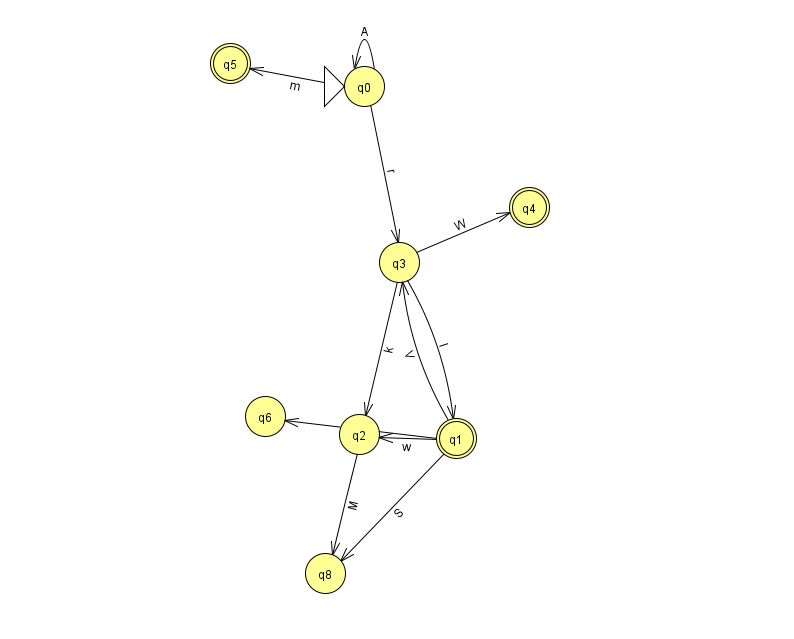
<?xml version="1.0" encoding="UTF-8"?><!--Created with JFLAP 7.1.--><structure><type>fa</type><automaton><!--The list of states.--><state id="0" name="q0"><x>364.0</x><y>73.0</y><initial/></state><state id="1" name="q1"><x>456.0</x><y>425.0</y><final/></state><state id="2" name="q2"><x>359.0</x><y>421.0</y></state><state id="3" name="q3"><x>399.0</x><y>249.0</y></state><state id="4" name="q4"><x>529.0</x><y>194.0</y><final/></state><state id="5" name="q5"><x>230.0</x><y>50.0</y><final/></state><state id="6" name="q6"><x>265.0</x><y>403.0</y></state><state id="8" name="q8"><x>325.0</x><y>560.0</y></state><!--The list of transitions.--><transition><from>0</from><to>0</to><read>A</read></transition><transition><from>3</from><to>4</to><read>W</read></transition><transition><from>3</from><to>1</to><read>l</read></transition><transition><from>1</from><to>2</to><read>w</read></transition><transition><from>1</from><to>8</to><read>S</read></transition><transition><from>2</from><to>8</to><read>M</read></transition><transition><from>1</from><to>3</to><read>V</read></transition><transition><from>0</from><to>5</to><read>m</read></transition><transition><from>0</from><to>3</to><read>r</read></transition><transition><from>1</from><to>6</to><read>F</read></transition><transition><from>3</from><to>2</to><read>k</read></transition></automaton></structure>